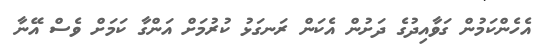
އެހެންކަމުން ގަވާއިދުގެ ދަށުން އެކަން ރަނގަޅު ކުރުމަށް އަންގާ ކަމަށް ވެސް އޭނާ